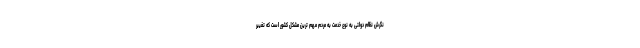
نگرش نظام دولتی به نوع خدمت به مردم مهم ترین مشکل کشور است که تغییر